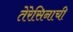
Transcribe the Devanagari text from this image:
तेरेसिनाची